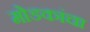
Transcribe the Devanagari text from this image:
मोडकांचा